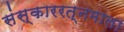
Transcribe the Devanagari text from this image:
संस्काररत्नमाला